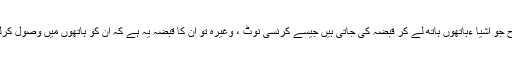
اسی طرح جو اشیا ءہاتھوں ہاتھ لے کر قبضہ کی جاتی ہیں جیسے کرنسی نوٹ ، وغیرہ تو ان کا قبضہ یہ ہے کہ ان کو ہاتھوں میں وصول کرلیا جائے۔